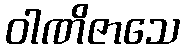
ဝါဏိဇာသေ